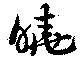
曉